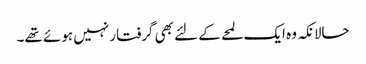
حالانکہ وہ ایک لمحے کے لئے بھی گرفتار نہیں ہوئے تھے۔